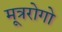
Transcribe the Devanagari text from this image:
मूत्ररोगो